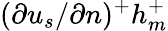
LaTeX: (\partial{u_{s}}/\partial{n})^{+}h_{m}^{+}